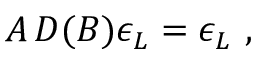
A \, D ( B ) \epsilon _ { L } = \epsilon _ { L } \ ,